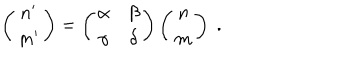
\left( \begin{array} { c } { { n ^ { \prime } } } \\ { { m ^ { \prime } } } \\ \end{array} \right) = \left( \begin{array} { c c } { { \alpha } } & { { \beta } } \\ { { \gamma } } & { { \delta } } \\ \end{array} \right) \left( \begin{array} { c } { { n } } \\ { { m } } \\ \end{array} \right) \; .